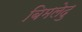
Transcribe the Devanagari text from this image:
बिमलेदु